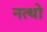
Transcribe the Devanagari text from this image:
नत्थो